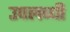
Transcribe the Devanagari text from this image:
उपलब्‍धी